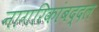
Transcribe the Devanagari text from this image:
नागरिकांबद्दल